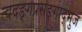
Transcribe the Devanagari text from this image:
त्वदङ्गप्रसङ्गाद्भुजं